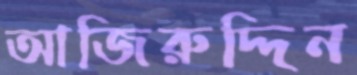
আজিরুদ্দিন